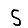
Digit: 5